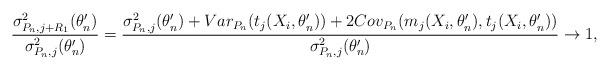
LaTeX: \begin{align*}\frac{\sigma^2_{P_n,j+R_1}(\theta^\prime_n)}{\sigma^2_{P_n,j}(\theta^\prime_n)}&=\frac{\sigma^2_{P_n,j}(\theta^\prime_n) + Var_{P_n}(t_j(X_i,\theta^\prime_n))+2Cov_{P_n}(m_j(X_i,\theta^\prime_n),t_j(X_i,\theta^\prime_n))}{\sigma^2_{P_n,j}(\theta^\prime_n)}\to 1,\end{align*}